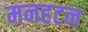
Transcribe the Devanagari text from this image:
मनहटन